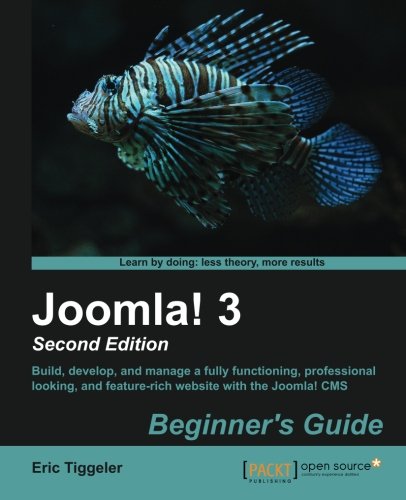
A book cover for Joomla! 3 Beginner's Guide Second Edition; Eric Tiggeler; Computers & Technology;